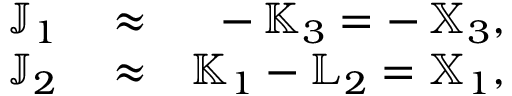
\begin{array} { r l r } { { \mathbb J } _ { 1 } } & { { } \approx } & { - \, { \mathbb K } _ { 3 } = - \, { \mathbb X } _ { 3 } , } \\ { { \mathbb J } _ { 2 } } & { { } \approx } & { { \mathbb K } _ { 1 } - { \mathbb L } _ { 2 } = { \mathbb X } _ { 1 } , } \end{array}